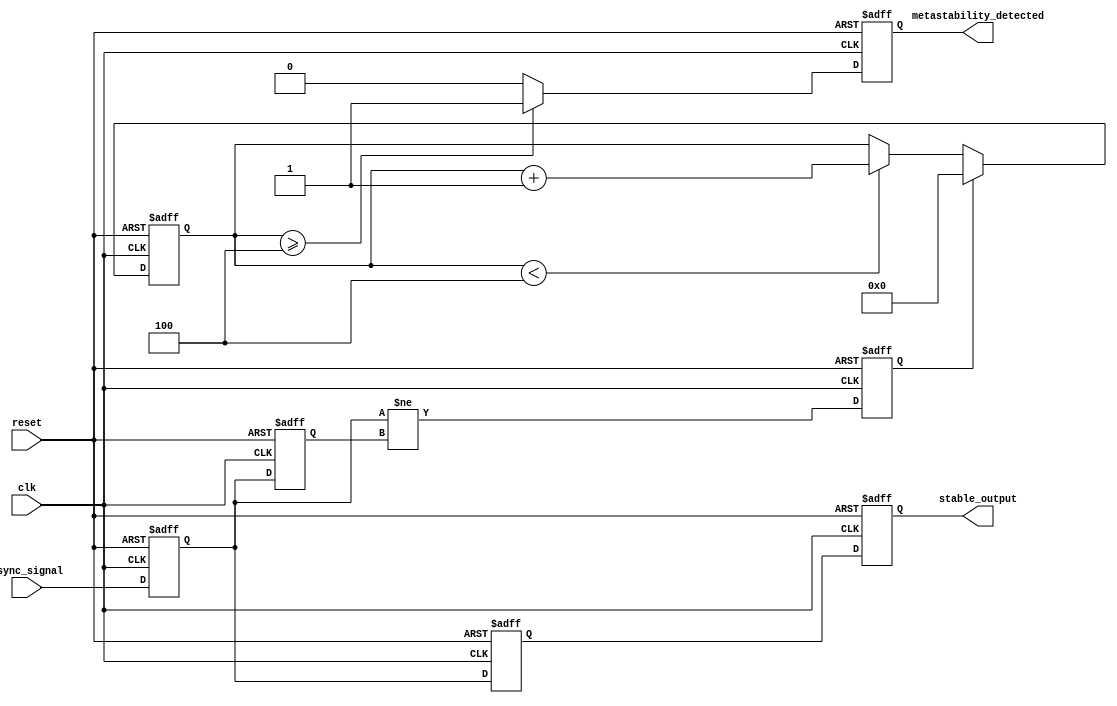
module metastability_detector (
    input wire clk,                // Clock signal
    input wire async_signal,       // Asynchronous input signal
    input wire reset,              // Reset signal
    output reg metastability_detected, // Metastability detection flag
    output reg stable_output        // Stable output from the second flip-flop
);

    // Internal signals
    reg ff1, ff2;                  // Output of the two flip-flops
    reg ff1_prev;                  // Previous state of the first flip-flop
    reg pulse;                     // Pulse signal for metastability indication
    reg [3:0] stable_counter;      // Counter to monitor stability

    // Parameters
    parameter STABLE_THRESHOLD = 4; // Number of clock cycles to confirm stability

    // Flip-flops for sampling the asynchronous signal
    always @(posedge clk or posedge reset) begin
        if (reset) begin
            ff1 <= 1'b0;
            ff2 <= 1'b0;
            metastability_detected <= 1'b0;
            stable_output <= 1'b0;
            stable_counter <= 4'b0;
            pulse <= 1'b0;
            ff1_prev <= 1'b0;
        end else begin
            ff1 <= async_signal; // Sample the asynchronous signal
            ff2 <= ff1;          // Sample the output of the first flip-flop

            // Generate pulse when ff1 changes state
            pulse <= (ff1 != ff1_prev);
            ff1_prev <= ff1;

            // Update stable output
            stable_output <= ff2;

            // Metastability detection logic
            if (pulse) begin
                stable_counter <= 4'b0; // Reset counter on pulse
            end else if (stable_counter < STABLE_THRESHOLD) begin
                stable_counter <= stable_counter + 1'b1; // Increment counter
            end

            // Assert metastability_detected if stable_counter exceeds threshold
            if (stable_counter >= STABLE_THRESHOLD) begin
                metastability_detected <= 1'b1;
            end else begin
                metastability_detected <= 1'b0;
            end
        end
    end

endmodule